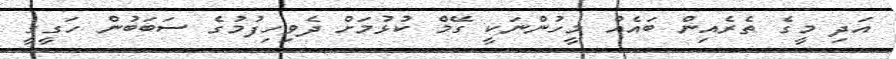
އަދި މީގެ ތެރެއިން ބައެއް މީހުންނަކީ ގޭމް ކުޅުމަށް ދެވިހިފުމުގެ ސަބަބުން ހަގީގީ